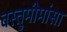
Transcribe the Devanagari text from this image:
वस्तुमीमांसा